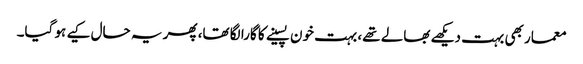
معمار بھی بہت دیکھے بھالے تھے، بہت خون پسینے کا گارا لگا تھا، پھر یہ حال کیے ہو گیا۔